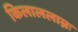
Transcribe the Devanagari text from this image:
किलाललाम्नः